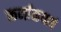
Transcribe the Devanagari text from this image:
कर्नाळयाचं